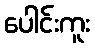
ပေါင်းကူး